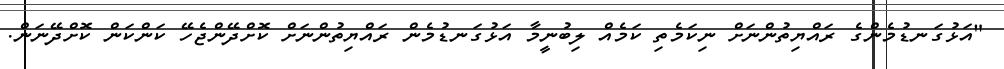
"އަޅުގަނޑުމެންގެ ރައްޔިތުންނަށް ނިކަމެތި ކަމެއް ލިބުނީމާ އަޅުގަނޑުމެން ރައްޔިތުންނަށް ކޮށްދޭންޖެހޭ ކަންކަން ކޮށްދޭނަން.